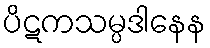
ပိဋကသမ္ပဒါနေန